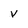
Character: v